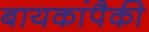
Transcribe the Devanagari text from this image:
बायकांपैकी